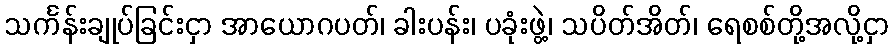
သင်္ကန်းချုပ်ခြင်းငှာ အာယောဂပတ်၊ ခါးပန်း၊ ပခုံးဖွဲ့၊ သပိတ်အိတ်၊ ရေစစ်တို့အလို့ငှာ